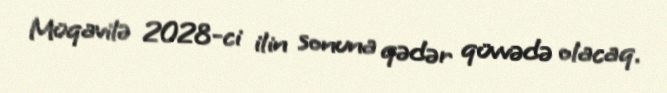
Müqavilə 2028-ci ilin sonuna qədər qüvvədə olacaq.